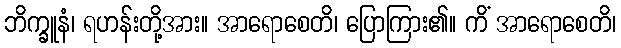
ဘိက္ခူနံ၊ ရဟန်းတို့အား။ အာရောစေတိ၊ ပြောကြား၏။ ကိံ အာရောစေတိ၊